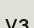
ұз